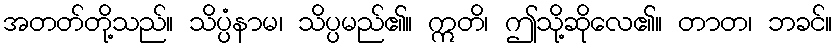
အတတ်တို့သည်။ သိပ္ပံနာမ၊ သိပ္ပမည်၏။ ဣတိ၊ ဤသို့ဆိုလေ၏။ တာတ၊ ဘခင်။